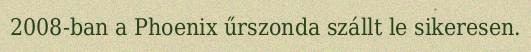
2008-ban a Phoenix űrszonda szállt le sikeresen.